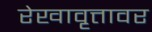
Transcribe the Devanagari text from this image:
रेखावृत्तावर